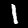
Label: 1